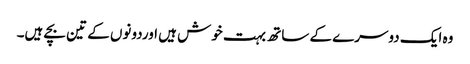
وہ ایک دوسرے کے ساتھ بہت خوش ہیں اوردونوں کے تین بچے ہیں۔